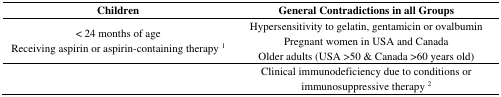
| Children | General Contradictions in all Groups |
 | --- | --- |
 | < 24 months of ageReceiving aspirin or aspirin-containing therapy 1 | Hypersensitivity to gelatin, gentamicin or ovalbuminPregnant women in USA and CanadaOlder adults (USA >50 & Canada >60 years old) |
 |  | Clinical immunodeficiency due to conditions or immunosuppressive therapy 2 |